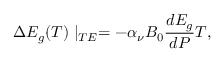
\Delta E _ { g } ( T ) \mid _ { T E } = - \alpha _ { \nu } B _ { 0 } \frac { d E _ { g } } { d P } T ,